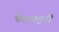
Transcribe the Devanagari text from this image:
पेरुणगुडी